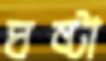
ঘষ্‌টা